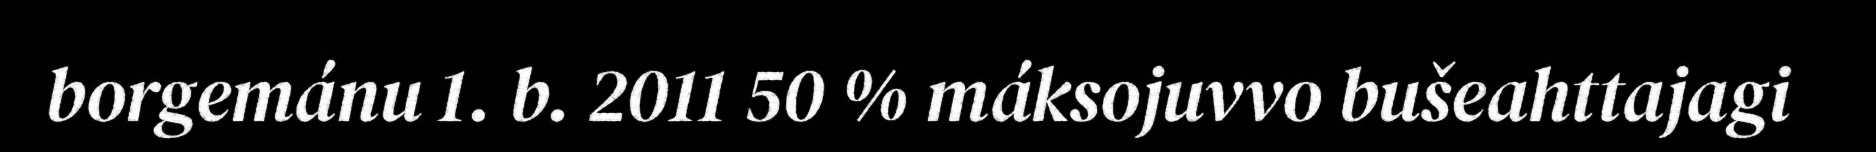
borgemánu 1. b. 2011 50 % máksojuvvo bušeahttajagi